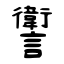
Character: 讆